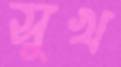
সুখ